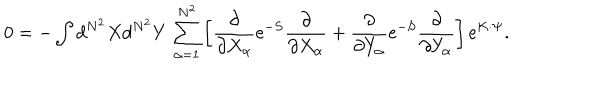
LaTeX: 0 = - \int d ^ { N ^ { 2 } } X d ^ { N ^ { 2 } } Y \, \sum _ { \alpha = 1 } ^ { N ^ { 2 } } \left[ \frac { \partial } { \partial X _ { \alpha } } \mathrm { e } ^ { - S } \frac { \partial } { \partial X _ { \alpha } } + \frac { \partial } { \partial Y _ { \alpha } } \mathrm { e } ^ { - S } \frac { \partial } { \partial Y _ { \alpha } } \right] \mathrm { e } ^ { K \cdot \Psi } .